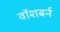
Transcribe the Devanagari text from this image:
वॉशबर्न